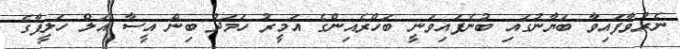
ނެރުވާފައިވާ ބަޔާނުގައި ބުނެފައިވަނީ ބަހްރެއިންގެ އަމީރު ހަމަދު ބިން އީސާ އަލް ހަލީފާގެ